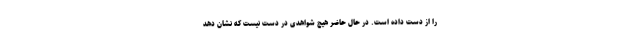
را از دست داده است. در حال حاضر هیچ شواهدی در دست نیست که نشان دهد